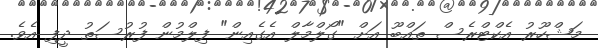
މަޝްހޫރު އެކްޓްރެސް ތައްބޫ އަށް "ގޯލްމާލް އެގެއިން" ފިލްމުން ފުރުސަތު ދީފި އެވެ.